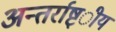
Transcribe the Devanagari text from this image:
अन्तर्राष्ट्ीय